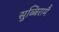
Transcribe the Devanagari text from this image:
सुब्बिरामै